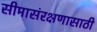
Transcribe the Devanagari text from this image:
सीमासंरक्षणासाठी